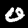
Label: 0